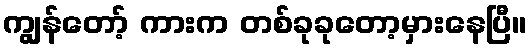
ကျွန်တော့် ကားက တစ်ခုခုတော့မှားနေပြီ။